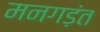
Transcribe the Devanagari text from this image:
मनगड़ंत